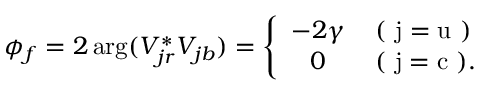
\phi _ { f } = 2 \, \mathrm { a r g } ( V _ { j r } ^ { \ast } V _ { j b } ) = \left\{ \begin{array} { c c } { { - 2 \gamma } } & { { \mathrm { ( ~ j = u ~ ) } } } \\ { { 0 } } & { { \, \mathrm { ( ~ j = c ~ ) . } } } \end{array} \right.